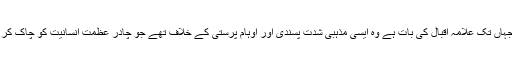
اور جہاں تک علامہ اقبال کی بات ہے وہ ایسی مذہبی شدت پسندی اور اوہام پرستی کے خلاف تھے جو چادرِ عظمتِ انسانیت کو چاک کر دے۔